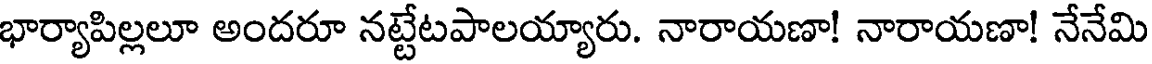
భార్యాపిల్లలూ అందరూ నట్టేటపాలయ్యారు. నారాయణా! నారాయణా! నేనేమి